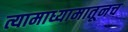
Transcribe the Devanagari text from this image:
त्यामाध्यामातूनच